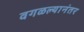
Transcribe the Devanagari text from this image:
वगळल्यानंतर